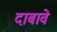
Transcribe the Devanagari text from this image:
दाबावे